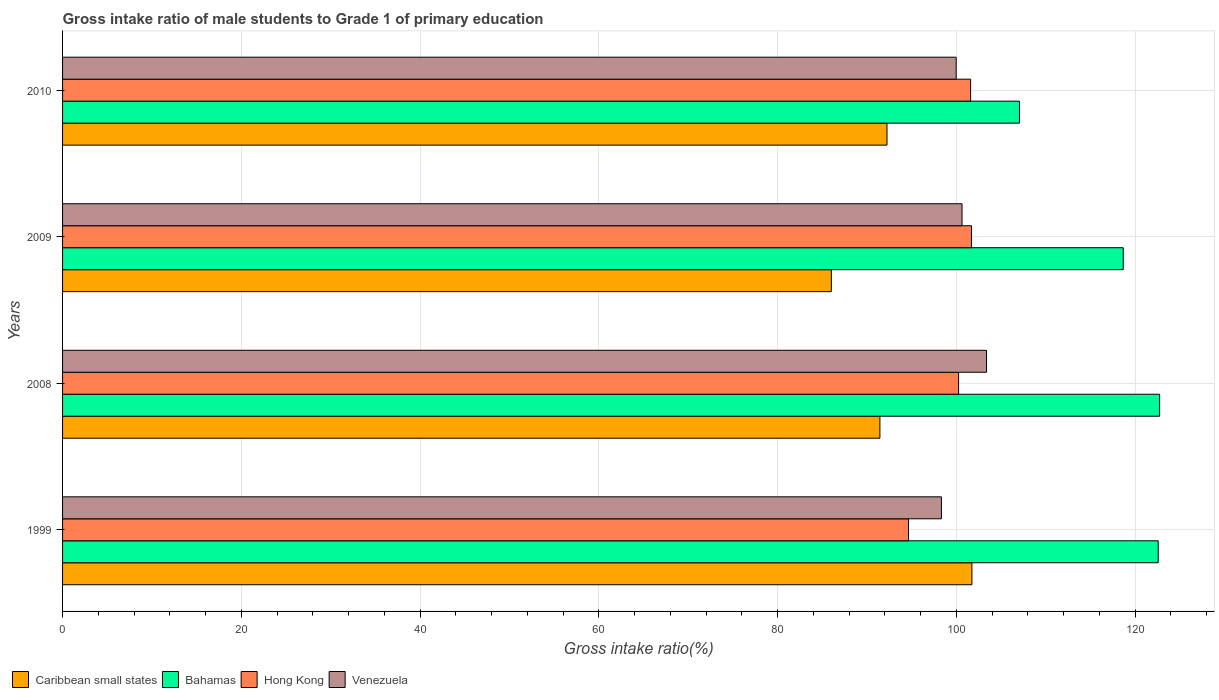
| Years | Caribbean small states | Bahamas | Hong Kong | Venezuela |
 | --- | --- | --- | --- | --- |
 | 1999 | 102 | 123 | 94.6 | 98.3 |
 | 2008 | 91.4 | 123 | 100 | 103 |
 | 2009 | 86 | 119 | 102 | 101 |
 | 2010 | 92.2 | 107 | 102 | 100 |